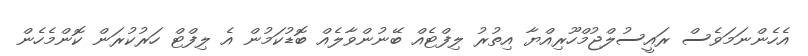
އެހެންނަމަވެސް ރައީސުލްޖުމްހޫރިއްޔާ އިތުރު ލިފްޓެއް ބޭނުންވާލެއް ބޮޑުކަމުން އެ ލިފްޓް ހަރުކުރަން ކޮންމެހެން